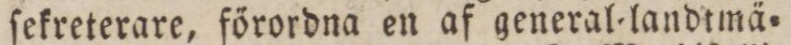
ſekreterare, förordna en af general=landtmä=